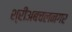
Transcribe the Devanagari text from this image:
श्रीअबचलनगर